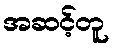
အဆင့်တူ